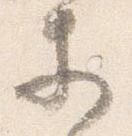
等